Problem: 6 × 10 = ?
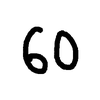
Handwritten answer: 60